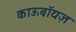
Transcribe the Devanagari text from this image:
काऊबॉयज़